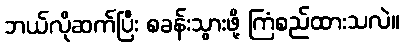
ဘယ်လိုဆက်ပြီး စခန်းသွားဖို့ ကြံစည်ထားသလဲ။